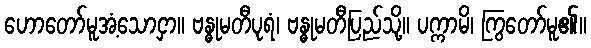
ဟောတော်မူအံ့သောငှာ။ ဗန္ဓုမတီပုရံ၊ ဗန္ဓုမတီပြည်သို့။ ပက္ကာမိ၊ ကြွတော်မူ၏။